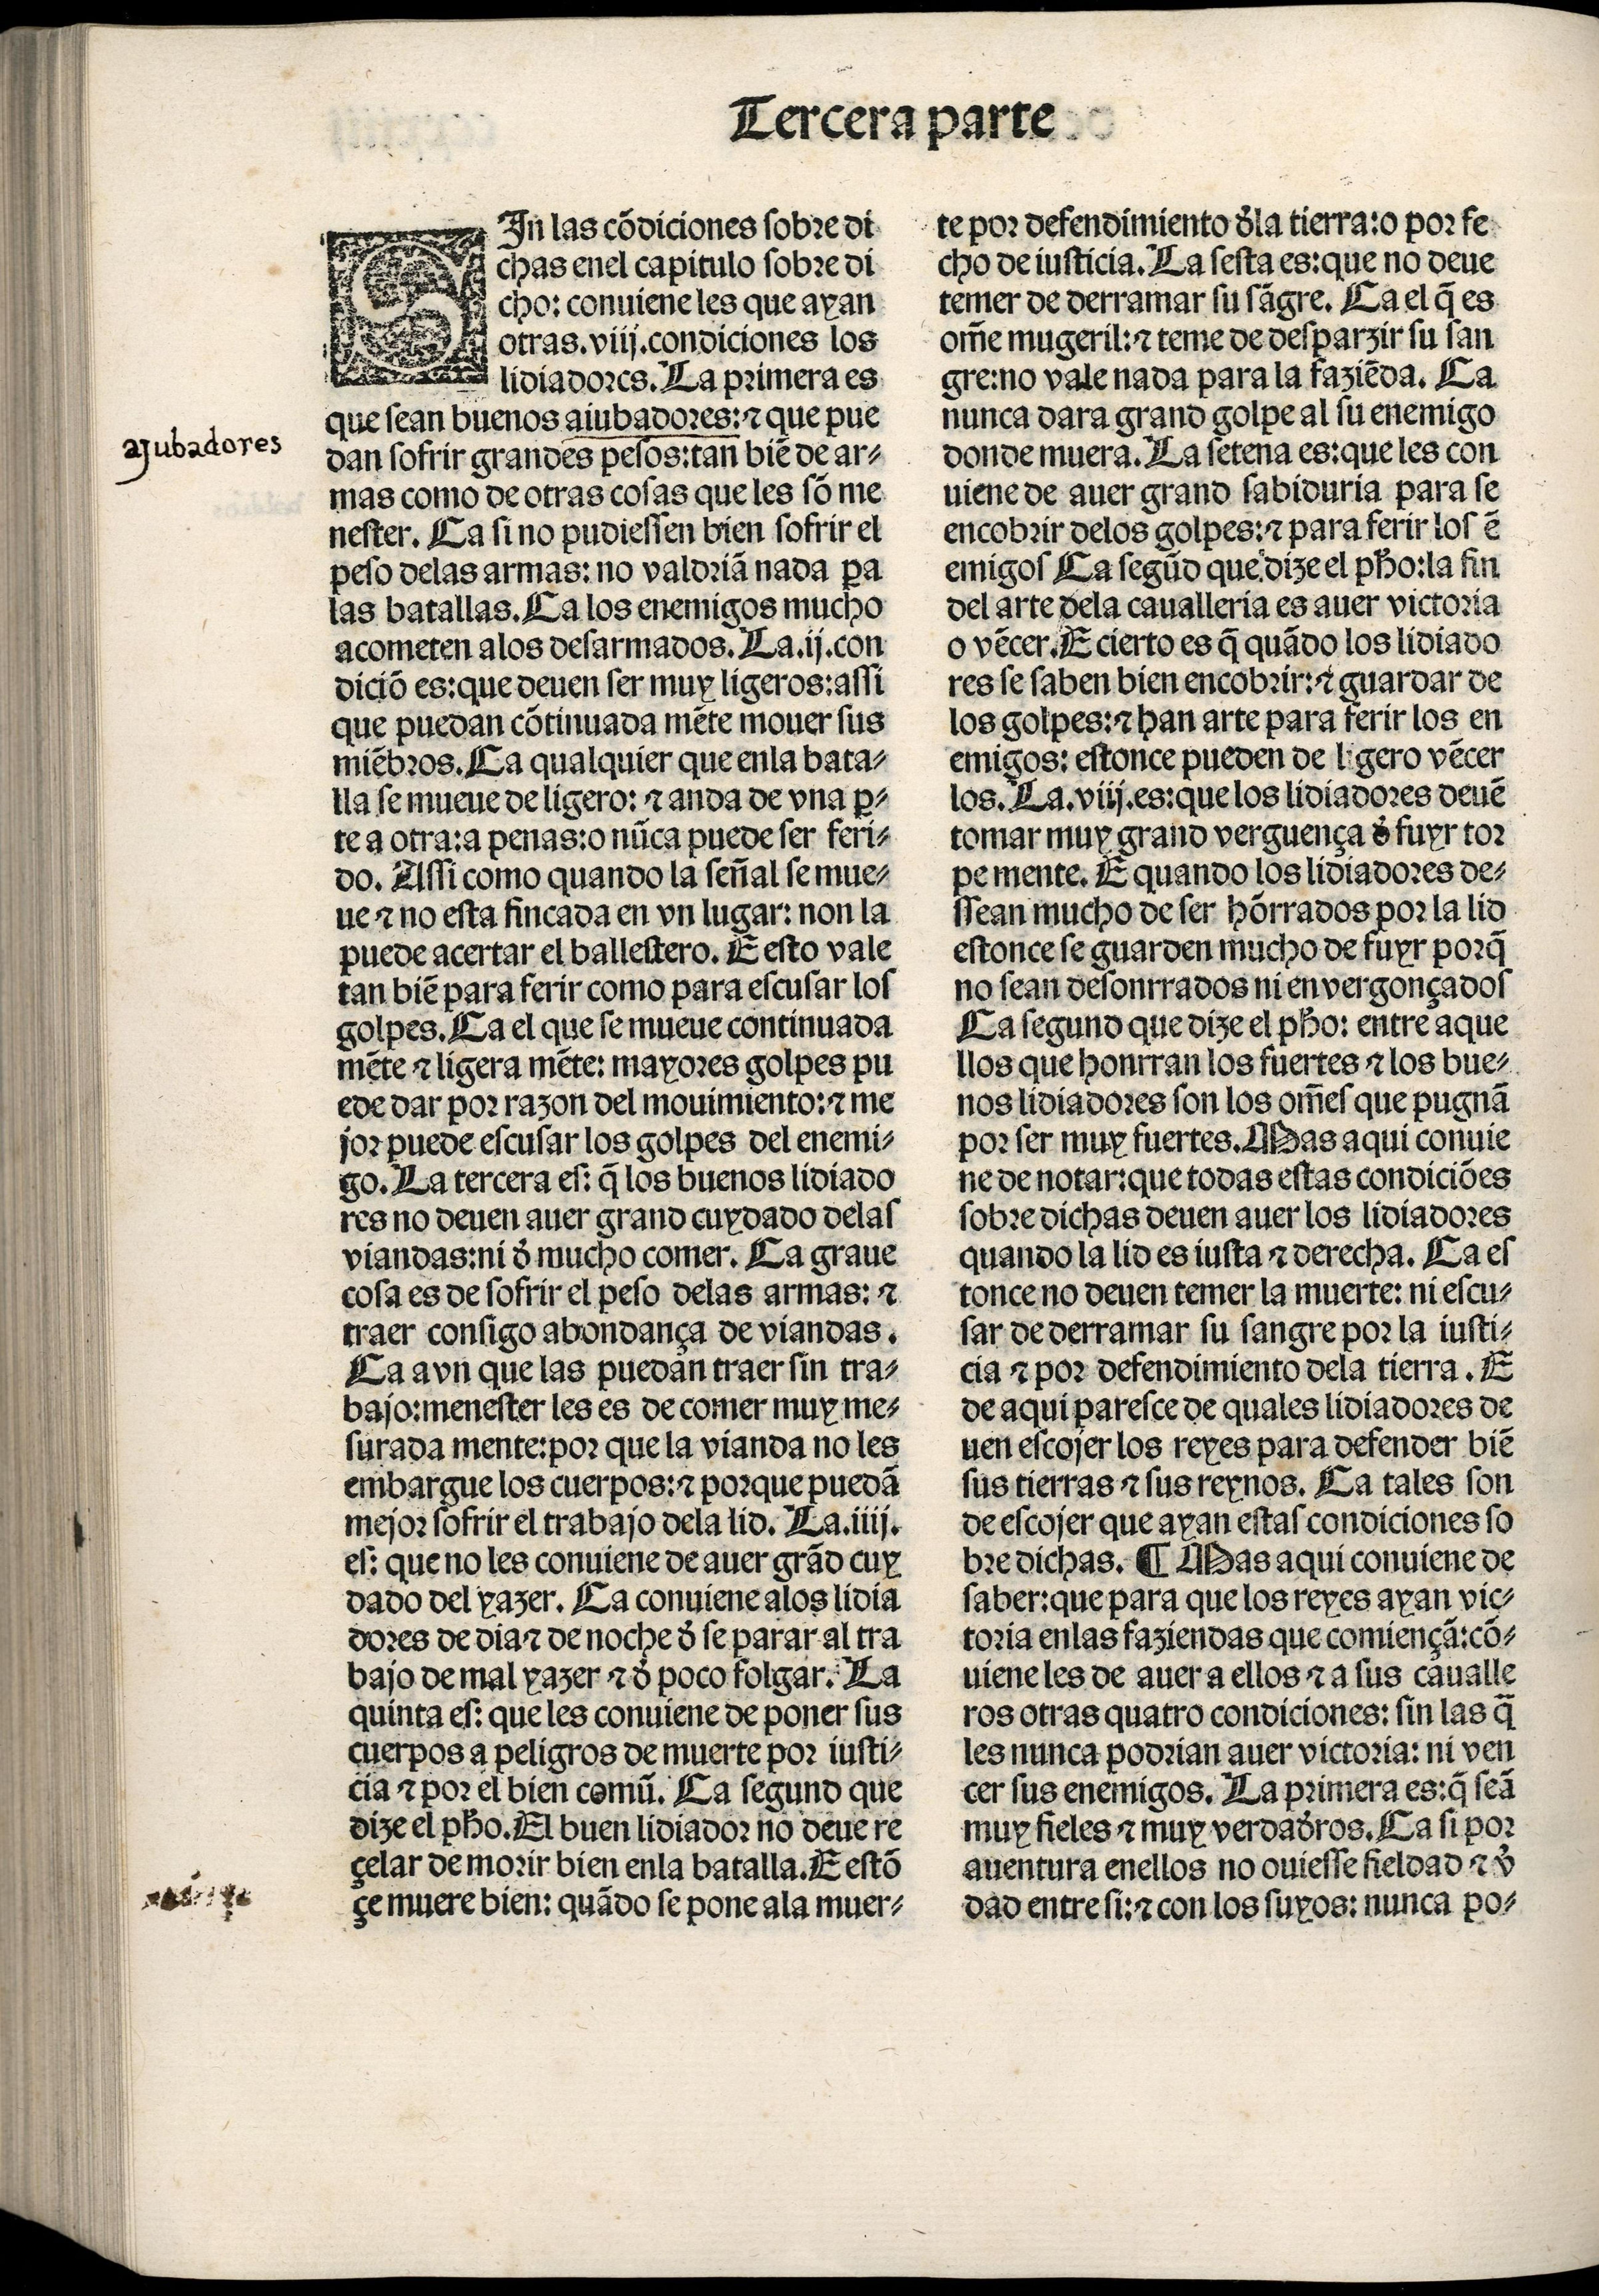
Shelfmark: Madrid, BNE, Inc. 901
Century: 15